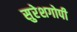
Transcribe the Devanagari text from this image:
सुरेशगोपी